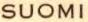
SUOMI